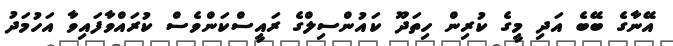
އޭނާގެ ބޭބެ އަދި މީގެ ކުރިން ހިތަދޫ ކައުންސިލްގެ ރައީސްކަންވެސް ކުރައްވާފައިވާ އަހުމަދު